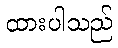
ထားပါသည်